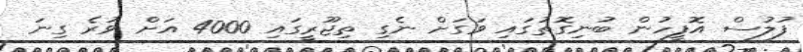
ފުލުސް އޮފީހުން ބުނިގޮތުގައި ވަގަށް ނެގި ތިޖޫރީގައި 4000 އަށް ވުރެ ގިނަ